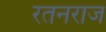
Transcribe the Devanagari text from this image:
रतनराज